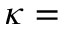
\kappa =